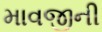
માવજીની